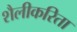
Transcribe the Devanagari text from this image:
शैलीकरिता